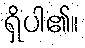
ရှိပါ၏။